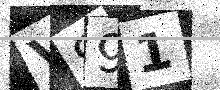
Text: VS91